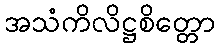
အသံကိလိဋ္ဌစိတ္တော